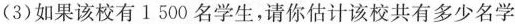
(3)如果该校有1500名学生，请你估计该校共有多少名